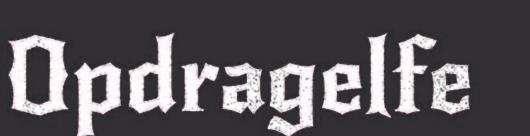
Opdragelfe